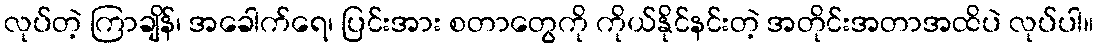
လုပ်တဲ့ ကြာချိန်၊ အခေါက်ရေ၊ ပြင်းအား စတာတွေကို ကိုယ်နိုင်နင်းတဲ့ အတိုင်းအတာအထိပဲ လုပ်ပါ။